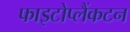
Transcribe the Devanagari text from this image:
फाइटोप्लैंकटन